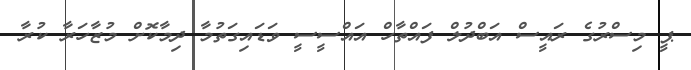
ޕީ މިސްރުގެ ރައީސް އަބްދުލް ފައްތާހް އައްސީސީ ވަޑައިގަތުމާ ދިމާކޮށް މުޒާހަރާ ކުރާ